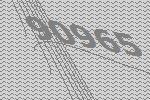
90965